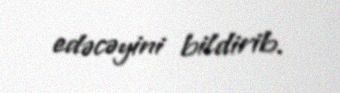
edəcəyini bildirib.